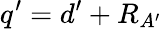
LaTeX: q^{\prime}=d^{\prime}+R_{A^{\prime}}